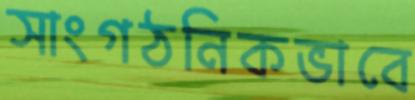
সাংগঠনিকভাবে